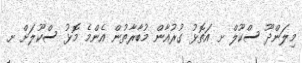
މިލަންދޫ ސްކޫލް ށ އަތޮޅު ގުރުއާން މުބާރާތުން އެންމެ މޮޅު ސްކޫލަށް ށ